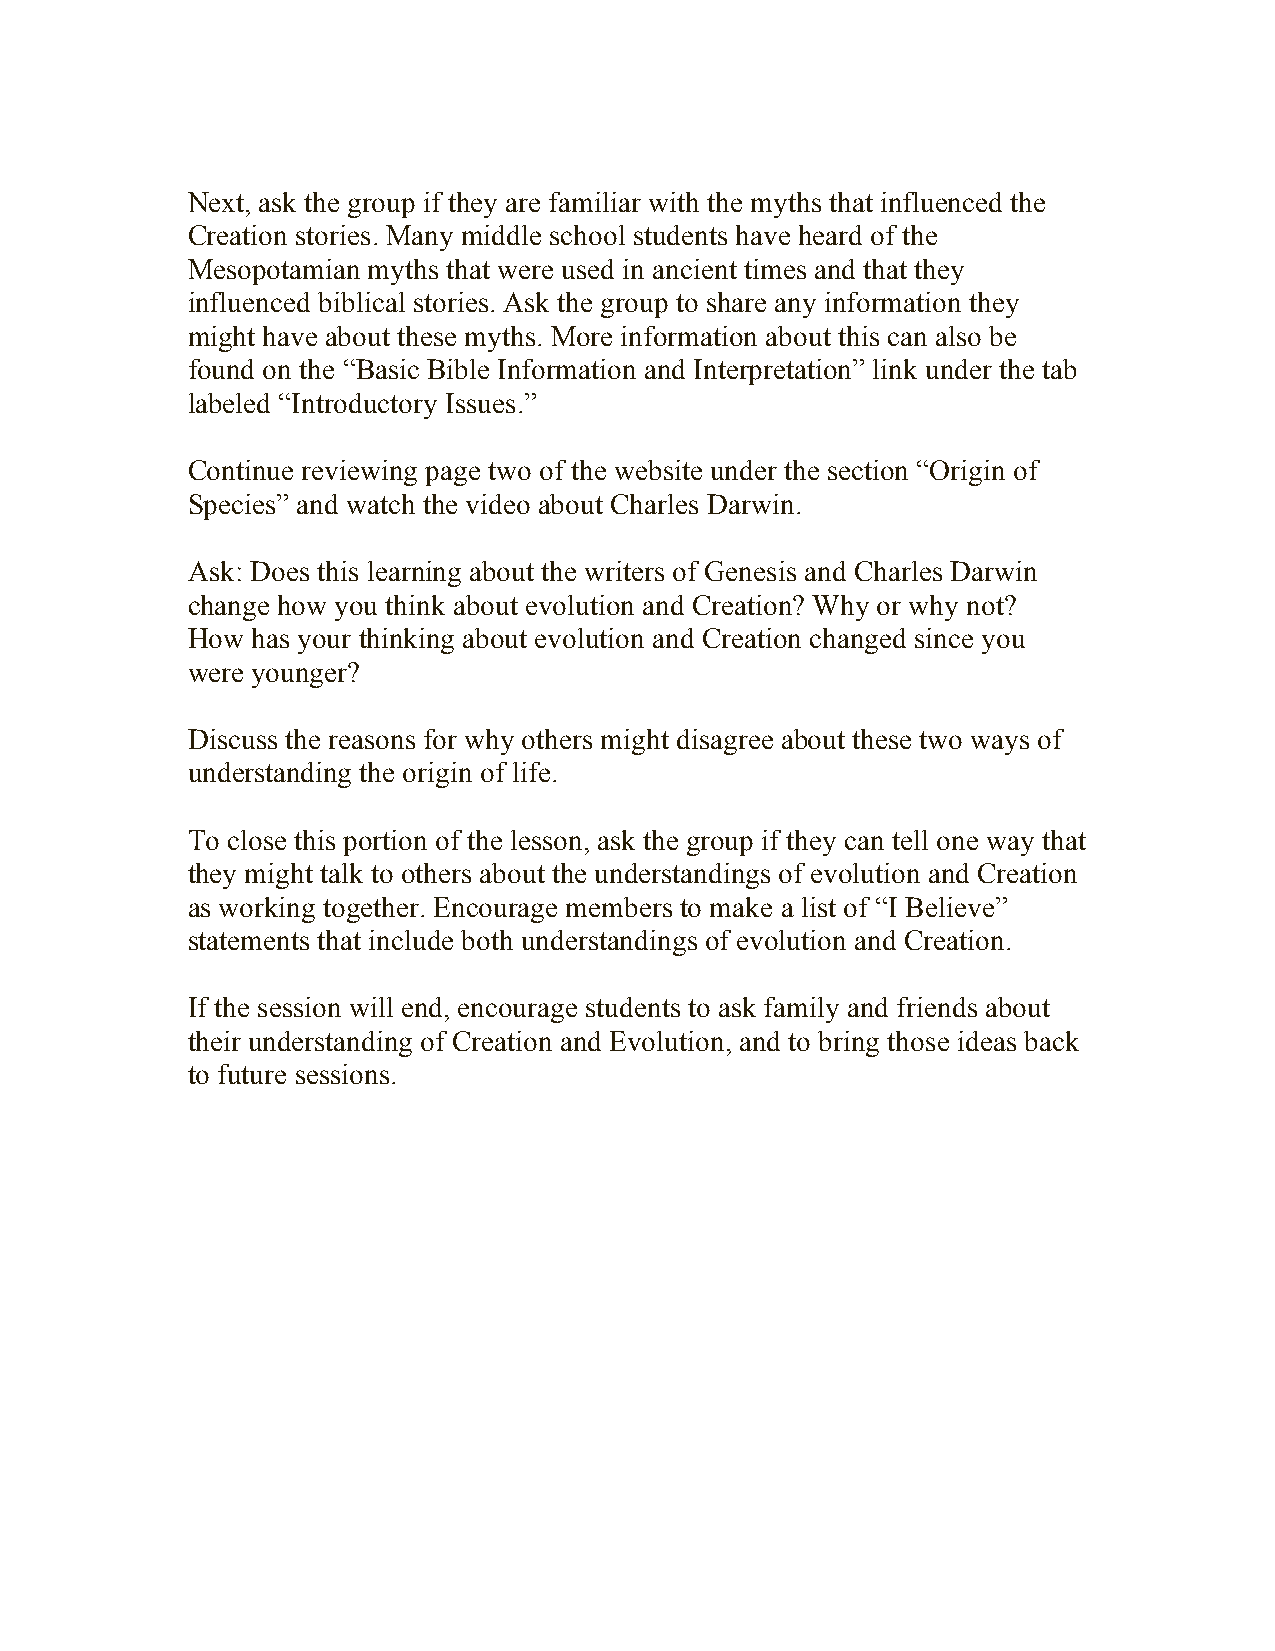
Next, ask the group if they are familiar with the myths that influenced the
 Creation stories. Many middle school students have heard of the
 Mesopotamian myths that were used in ancient times and that they
 influenced biblical stories. Ask the group to share any information they
 might have about these myths. More information about this can also be
 found on the “Basic Bible Information and Interpretation” link under the tab
 labeled “Introductory Issues.”
 Continue reviewing page two of the website under the section “Origin of
 Species” and watch the video about Charles Darwin.
 Ask: Does this learning about the writers of Genesis and Charles Darwin
 change how you think about evolution and Creation? Why or why not?
 How  has your thinking about evolution and Creation changed since you
 were younger?
 Discuss the reasons for why others might disagree about these two ways of
 understanding the origin of life.
 To close this portion of the lesson, ask the group if they can tell one way that
 they might talk to others about the understandings of evolution and Creation
 as working together. Encourage members to make a list of “I Believe”
 statements that include both understandings of evolution and Creation.
 If the session will end, encourage students to ask family and friends about
 their understanding of Creation and Evolution, and to bring those ideas back
 to future sessions.